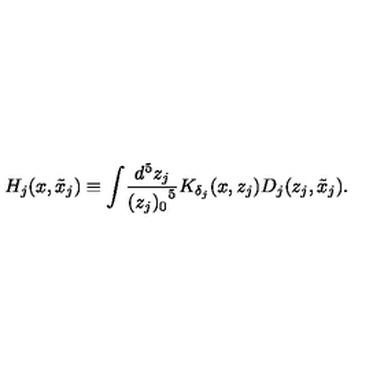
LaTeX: H _ { j } ( x , \tilde { x } _ { j } ) \equiv \int \! \frac { d ^ { 5 } z _ { j } } { { ( z _ { j } ) _ { 0 } } ^ { 5 } } K _ { \delta _ { j } } ( x , z _ { j } ) D _ { j } ( z _ { j } , \tilde { x } _ { j } ) .